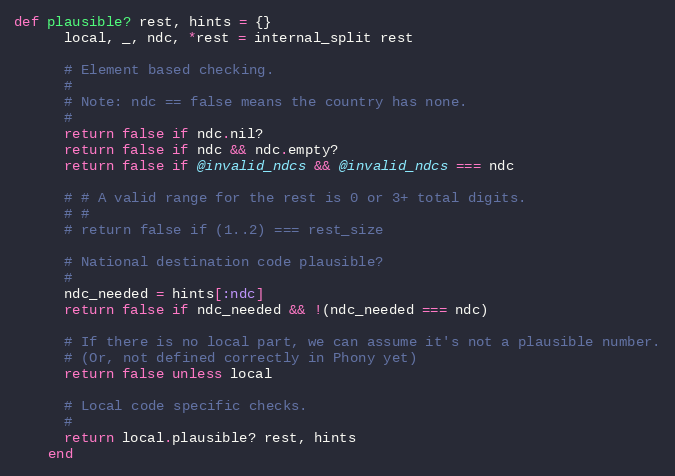
Language: Ruby
def plausible? rest, hints = {}
      local, _, ndc, *rest = internal_split rest

      # Element based checking.
      #
      # Note: ndc == false means the country has none.
      #
      return false if ndc.nil?
      return false if ndc && ndc.empty?
      return false if @invalid_ndcs && @invalid_ndcs === ndc

      # # A valid range for the rest is 0 or 3+ total digits.
      # #
      # return false if (1..2) === rest_size

      # National destination code plausible?
      #
      ndc_needed = hints[:ndc]
      return false if ndc_needed && !(ndc_needed === ndc)

      # If there is no local part, we can assume it's not a plausible number.
      # (Or, not defined correctly in Phony yet)
      return false unless local

      # Local code specific checks.
      #
      return local.plausible? rest, hints
    end